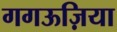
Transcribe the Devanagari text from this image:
गगऊज़िया